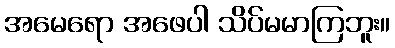
အမေရော အဖေပါ သိပ်မမာကြဘူး။